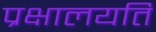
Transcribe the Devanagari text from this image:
प्रक्षालयति